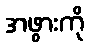
အဖွားကို